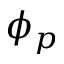
\phi _ { p }